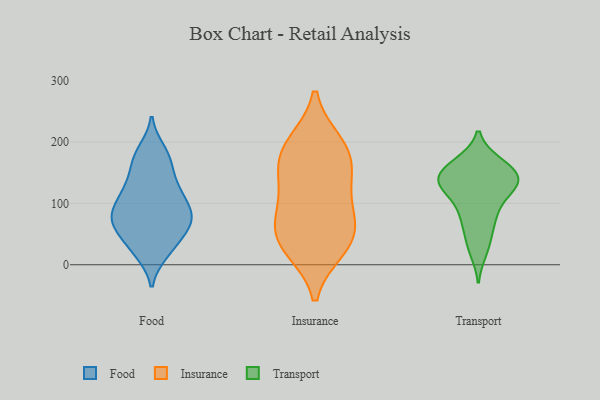
{"axis": {"x": "Production Output", "y": "Value"}, "legend": ["Food", "Insurance", "Transport"], "data": [{"x": "", "y": 83, "type": "Food"}, {"x": "", "y": 187, "type": "Food"}, {"x": "", "y": 20, "type": "Food"}, {"x": "", "y": 73, "type": "Food"}, {"x": "", "y": 65, "type": "Food"}, {"x": "", "y": 102, "type": "Food"}, {"x": "", "y": 69, "type": "Food"}, {"x": "", "y": 122, "type": "Food"}, {"x": "", "y": 49, "type": "Food"}, {"x": "", "y": 18, "type": "Food"}, {"x": "", "y": 64, "type": "Food"}, {"x": "", "y": 127, "type": "Food"}, {"x": "", "y": 180, "type": "Food"}, {"x": "", "y": 37, "type": "Food"}, {"x": "", "y": 153, "type": "Food"}, {"x": "", "y": 85, "type": "Food"}, {"x": "", "y": 120, "type": "Food"}, {"x": "", "y": 165, "type": "Food"}, {"x": "", "y": 94, "type": "Food"}, {"x": "", "y": 147, "type": "Insurance"}, {"x": "", "y": 183, "type": "Insurance"}, {"x": "", "y": 71, "type": "Insurance"}, {"x": "", "y": 188, "type": "Insurance"}, {"x": "", "y": 36, "type": "Insurance"}, {"x": "", "y": 69, "type": "Insurance"}, {"x": "", "y": 197, "type": "Insurance"}, {"x": "", "y": 104, "type": "Insurance"}, {"x": "", "y": 27, "type": "Insurance"}, {"x": "", "y": 38, "type": "Insurance"}, {"x": "", "y": 141, "type": "Insurance"}, {"x": "", "y": 33, "type": "Transport"}, {"x": "", "y": 125, "type": "Transport"}, {"x": "", "y": 86, "type": "Transport"}, {"x": "", "y": 61, "type": "Transport"}, {"x": "", "y": 136, "type": "Transport"}, {"x": "", "y": 166, "type": "Transport"}, {"x": "", "y": 144, "type": "Transport"}, {"x": "", "y": 71, "type": "Transport"}, {"x": "", "y": 118, "type": "Transport"}, {"x": "", "y": 166, "type": "Transport"}, {"x": "", "y": 22, "type": "Transport"}, {"x": "", "y": 136, "type": "Transport"}, {"x": "", "y": 159, "type": "Transport"}, {"x": "", "y": 157, "type": "Transport"}, {"x": "", "y": 131, "type": "Transport"}, {"x": "", "y": 135, "type": "Transport"}, {"x": "", "y": 92, "type": "Transport"}, {"x": "", "y": 135, "type": "Transport"}]}